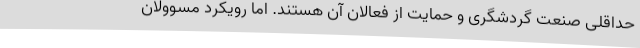
حداقلی صنعت گردشگری و حمایت از فعالان آن هستند. اما رویکرد مسوولان